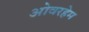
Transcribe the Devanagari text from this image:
ओवरहेम